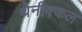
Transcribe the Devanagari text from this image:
थेनीक्कल